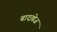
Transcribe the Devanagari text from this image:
बादख़ेज़